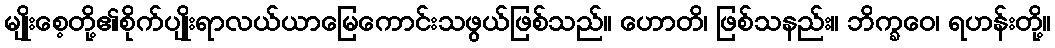
မျိုးစေ့တို့၏စိုက်ပျိုးရာလယ်ယာမြေကောင်းသဖွယ်ဖြစ်သည်။ ဟောတိ၊ ဖြစ်သနည်း။ ဘိက္ခဝေ၊ ရဟန်းတို့။